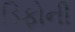
ડિફોની